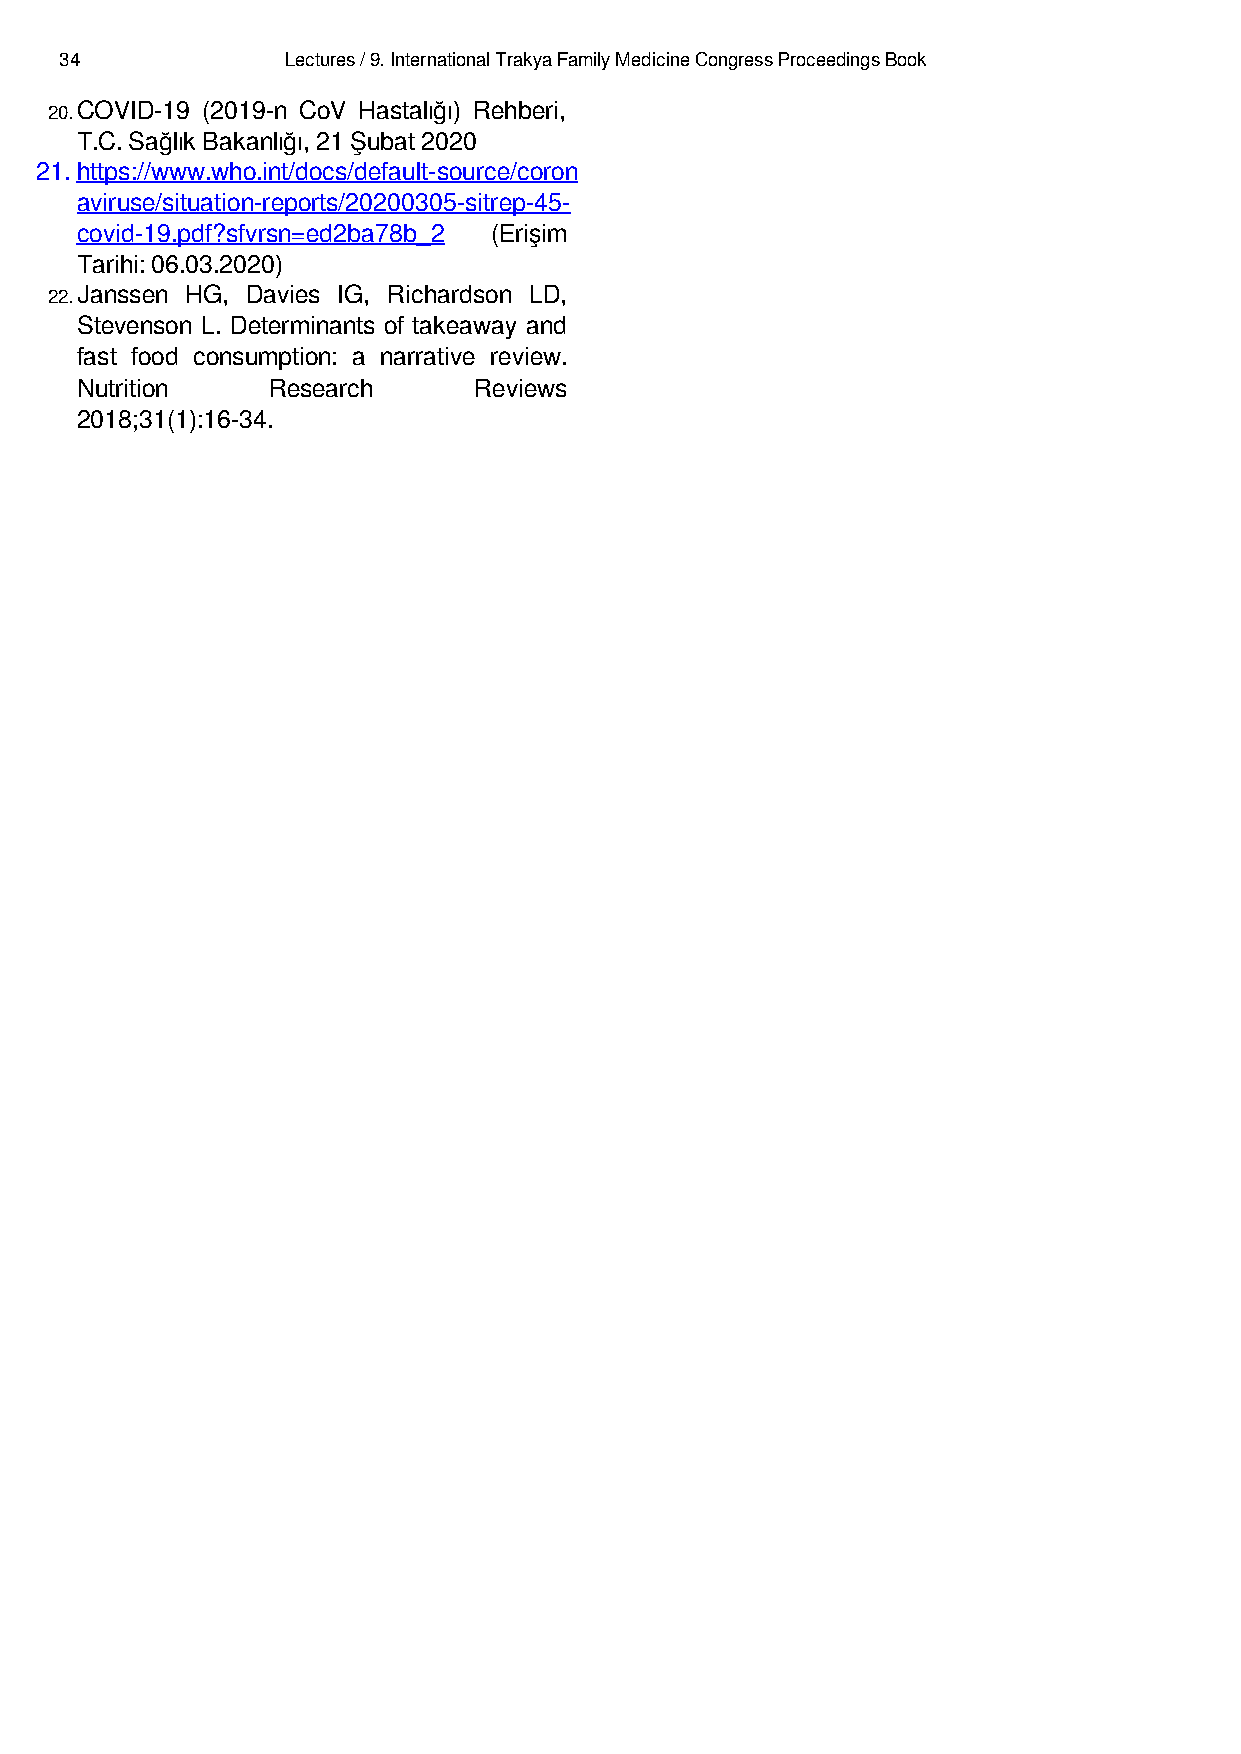
34             Lectures / 9. International Trakya Family Medicine Congress Proceedings Book
 20.COVID-19 (2019-n CoV Hastalığı) Rehberi,
 T.C. Sağlık Bakanlığı, 21 Şubat 2020
 21. https://www.who.int/docs/default-source/coron
 aviruse/situation-reports/20200305-sitrep-45-
 covid-19.pdf?sfvrsn=ed2ba78b_2 (Erişim
 Tarihi: 06.03.2020)
 22.Janssen HG, Davies IG, Richardson LD,
 Stevenson L. Determinants of takeaway and
 fast food consumption: a narrative review.
 Nutrition    Research     Reviews
 2018;31(1):16-34.